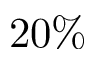
2 0 \%